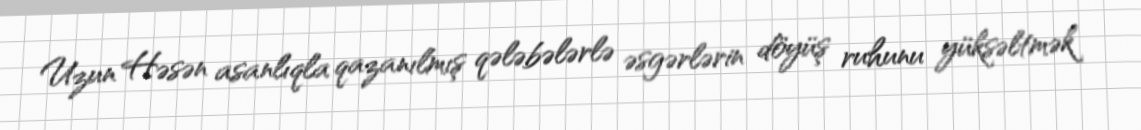
Uzun Həsən asanlıqla qazanılmış qələbələrlə əsgərlərin döyüş ruhunu yüksəltmək